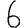
Digit: 6